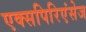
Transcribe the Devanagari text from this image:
एक्सपिरिएंसेज